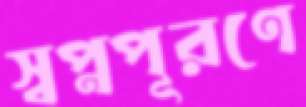
স্বপ্নপূরণে